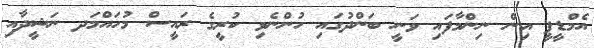
އެމްޑީޕީ އިން ނިންމާފައި ވަނީ ބަންދުގައި ހުންނެވި ކުރީގެ ރައީސް މުހައްމަދ ނަޝީދާއި